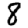
Digit: 8